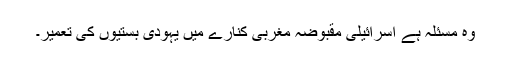
وہ مسئلہ ہے اسرائیلی مقبوضہ مغربی کنارے میں یہودی بستیوں کی تعمیر۔